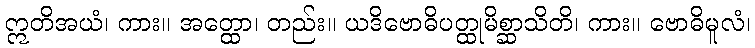
ဣတိအယံ၊ ကား။ အတ္ထော၊ တည်း။ ယဒိဗောဓိပတ္ထုမိစ္ဆာသိတိ၊ ကား။ ဗောဓိမူလံ၊